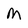
Character: M